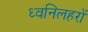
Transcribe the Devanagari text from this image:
ध्वनिलहरों